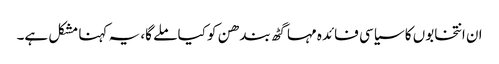
ان انتخابوں کا سیاسی فائدہ مہا گٹھ بندھن کو کیا ملے گا، یہ کہنا مشکل ہے۔